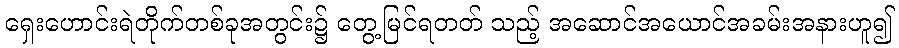
ရှေးဟောင်းရဲတိုက်တစ်ခုအတွင်း၌ တွေ့မြင်ရတတ် သည့် အဆောင်အယောင်အခမ်းအနားဟူ၍